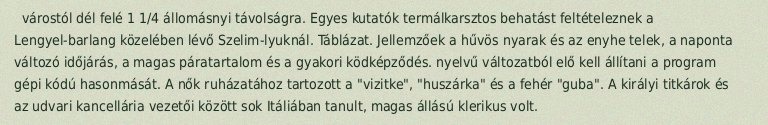
várostól dél felé 1 1/4 állomásnyi távolságra. Egyes kutatók termálkarsztos behatást feltételeznek a Lengyel-barlang közelében lévő Szelim-lyuknál. Táblázat. Jellemzőek a hűvös nyarak és az enyhe telek, a naponta változó időjárás, a magas páratartalom és a gyakori ködképződés. nyelvű változatból elő kell állítani a program gépi kódú hasonmását. A nők ruházatához tartozott a "vizitke", "huszárka" és a fehér "guba". A királyi titkárok és az udvari kancellária vezetői között sok Itáliában tanult, magas állású klerikus volt.